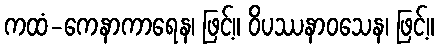
ကထံ-ကေနာကာရေန၊ ဖြင့်။ ဝိပဿနာဝသေန၊ ဖြင့်။